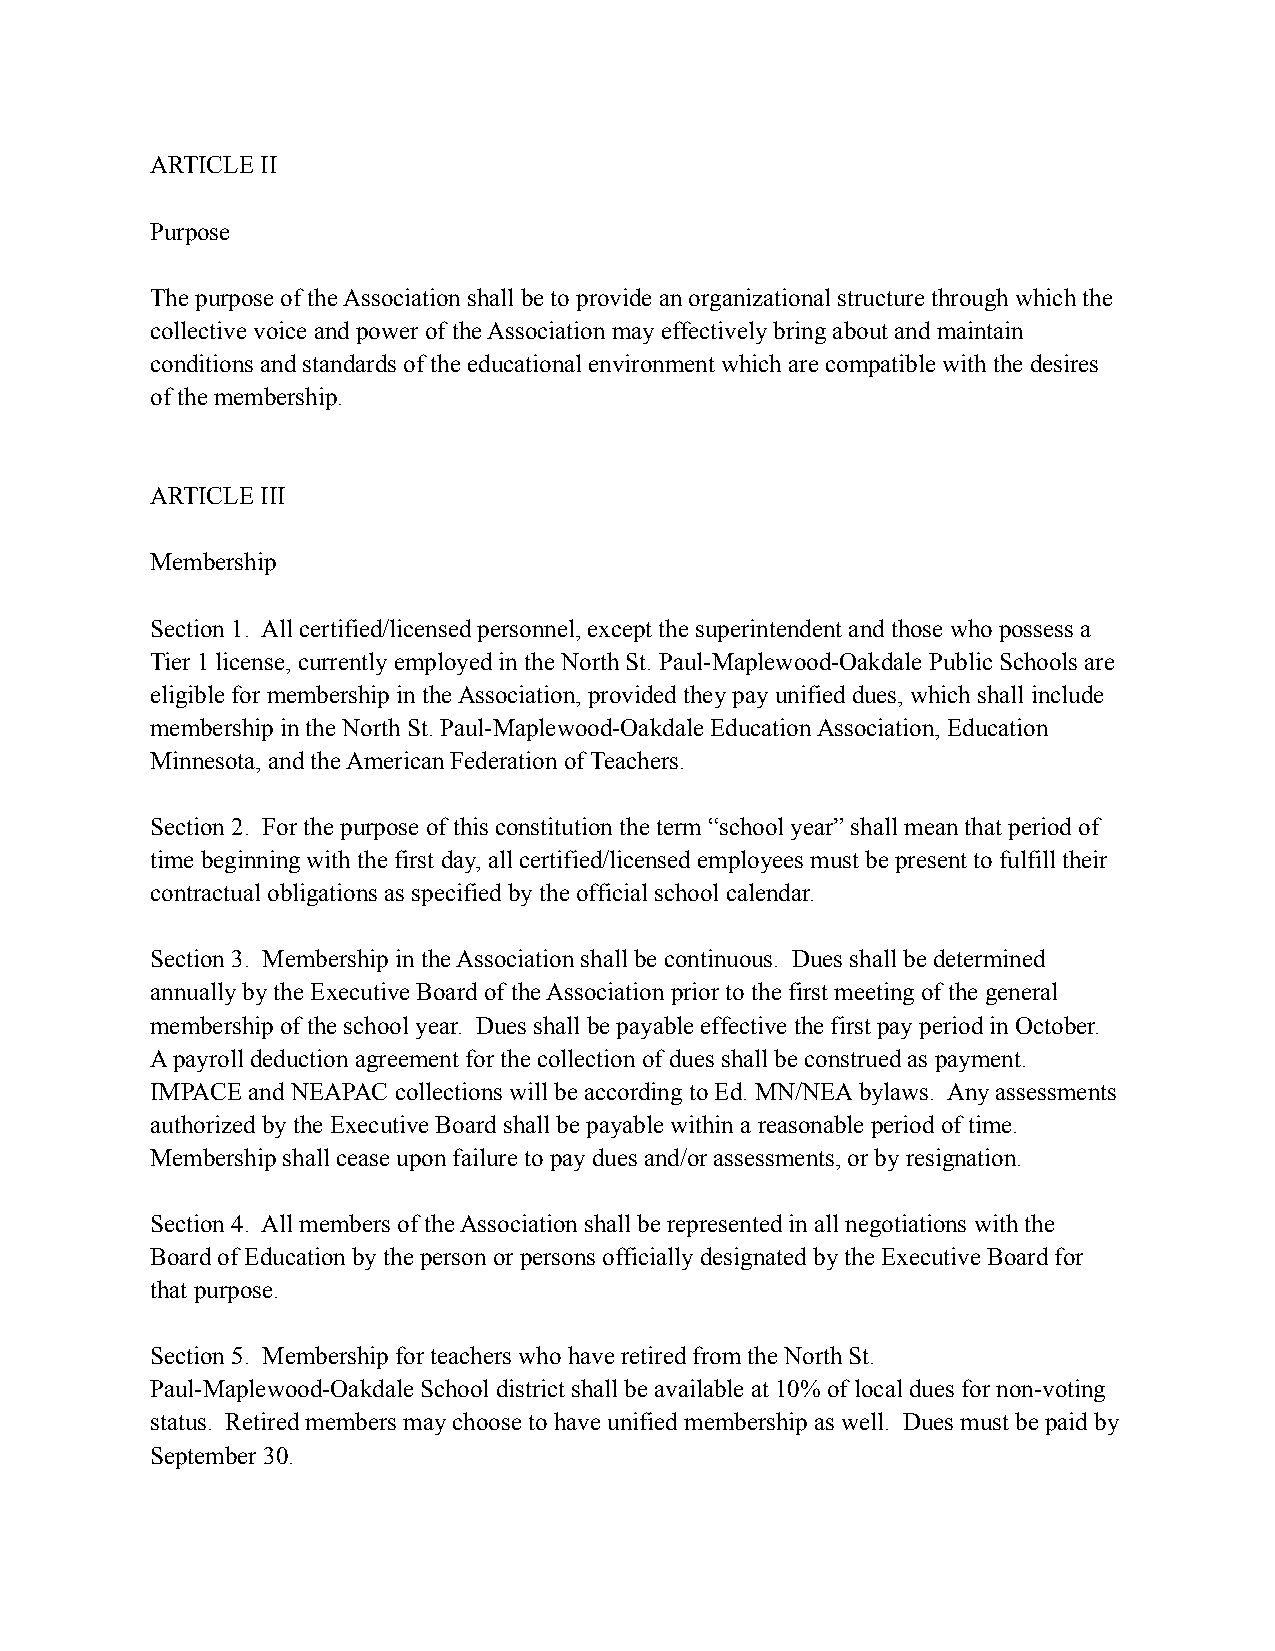
ARTICLE II
 Purpose
 The purpose of the Association shall be to provide an organizational structure through which the
 collective voice and power of the Association may effectively bring about and maintain
 conditions and standards of the educational environment which are compatible with the desires
 of the membership.
 ARTICLE III
 Membership
 Section 1. All certified/licensed personnel, except the superintendent and those who possess a
 Tier 1 license, currently employed in the North St. Paul-Maplewood-Oakdale Public Schools are
 eligible for membership in the Association, provided they pay unified dues, which shall include
 membership in the North St. Paul-Maplewood-Oakdale Education Association, Education
 Minnesota, and the American Federation of Teachers.
 Section 2. For the purpose of this constitution the term “school year” shall mean that period of
 time beginning with the first day, all certified/licensed employees must be present to fulfill their
 contractual obligations as specified by the official school calendar.
 Section 3. Membership in the Association shall be continuous. Dues shall be determined
 annually by the Executive Board of the Association prior to the first meeting of the general
 membership of the school year. Dues shall be payable effective the first pay period in October.
 A payroll deduction agreement for the collection of dues shall be construed as payment.
 IMPACE and NEAPAC collections will be according to Ed. MN/NEA bylaws. Any assessments
 authorized by the Executive Board shall be payable within a reasonable period of time.
 Membership shall cease upon failure to pay dues and/or assessments, or by resignation.
 Section 4. All members of the Association shall be represented in all negotiations with the
 Board of Education by the person or persons officially designated by the Executive Board for
 that purpose.
 Section 5. Membership for teachers who have retired from the North St.
 Paul-Maplewood-Oakdale School district shall be available at 10% of local dues for non-voting
 status. Retired members may choose to have unified membership as well. Dues must be paid by
 September 30.